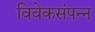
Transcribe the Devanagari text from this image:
विवेकसंपन्न